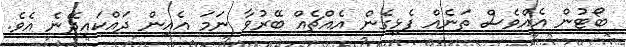
ބޯޓުން އެއްވެސް ތަނެއް ފެޅިގެން އެއްޗެއް ބޭރުވާ ނަމަ އެއިން ދައްކައިދޭނެ އެވެ.